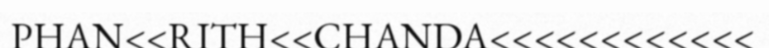
PHAN<<RITH<<CHANDA<<<<<<<<<<<<